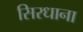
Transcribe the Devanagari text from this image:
सिरधाना